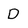
Character: D